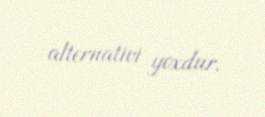
alternativi yoxdur.